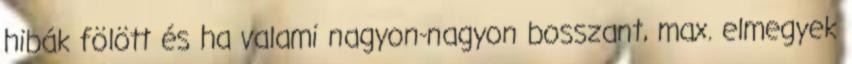
hibák fölött és ha valami nagyon-nagyon bosszant, max. elmegyek